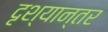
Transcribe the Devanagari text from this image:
दृश्यान्तर